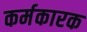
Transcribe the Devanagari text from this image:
कर्मकारक